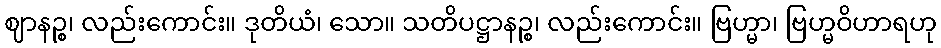
ဈာနဉ္စ၊ လည်းကောင်း။ ဒုတိယံ၊ သော။ သတိပဋ္ဌာနဉ္စ၊ လည်းကောင်း။ ဗြဟ္မာ၊ ဗြဟ္မဝိဟာရဟု